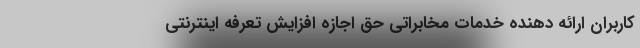
کاربران ارائه دهنده خدمات مخابراتی حق اجازه افزایش تعرفه اینترنتی